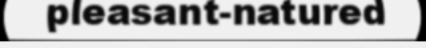
pleasant-natured